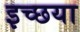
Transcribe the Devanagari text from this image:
इच्छया